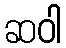
ဆဝါ